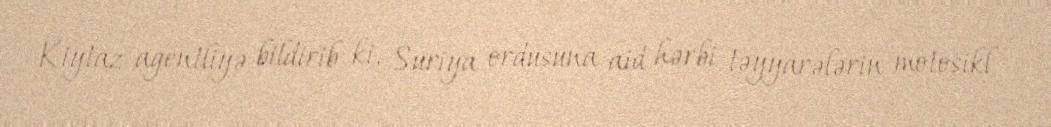
Kiytaz agentliyə bildirib ki, Suriya ordusuna aid hərbi təyyarələrin motosikl